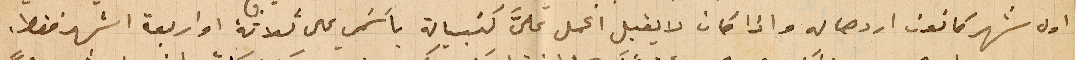
اول شهر كانون اردها له واذا كان لا يقبل اعمل عليَّ كنبيالة بأسَمي على ثلاثة او اربعة اشهر فقط.